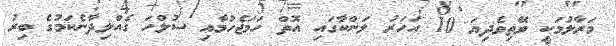
މަރާލުމަކީ ވޭތިވެދިޔަ 10 އަހަރު ލަންކާގައި އޮތް ހަަމަޖެހުމާއި ސުލްހަ ގެއްލިދާނެކަމުގެ ބިރު